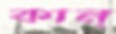
কান্